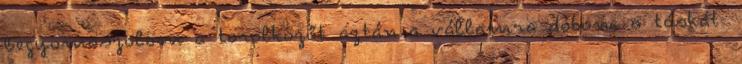
Begyömöszölöm a törölközőt aztán a vállamra dobom a táskát.